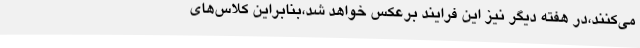
می‌کنند،در هفته دیگر نیز این فرایند برعکس خواهد شد،بنابراین کلاس‌های